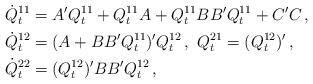
LaTeX: \begin{align*}\dot Q_t^{11}& = A' Q_t^{11} + Q_t^{11} A + Q_t^{11} B B' Q_t^{11} + C' C\,,\\\dot Q_t^{12}& = (A + B B' Q_t^{11})' Q_t^{12}\,, \ Q_t^{21} = (Q_t^{12})'\,,\\\dot Q_t^{22}& = (Q_t^{12})' B B' Q_t^{12}\,,\end{align*}